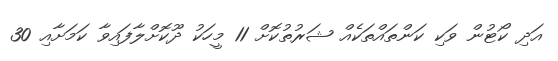
އަދި ކޯޓުން ވަކި ކަންތައްތަކެއް ޝަރުތުކޮށް 11 މީހަކު ދޫކޮށްލާފައިވާ ކަމަށާއި 30